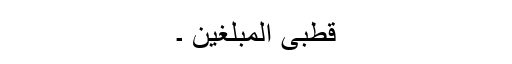
قطبی المبلغین ۔